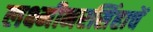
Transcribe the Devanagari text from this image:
लक्ष्मीनरसिंहाचें